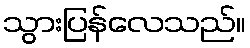
သွားပြန်လေသည်။